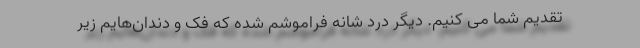
تقدیم شما می کنیم. دیگر درد شانه فراموشم شده که فک و دندان‌هایم زیر